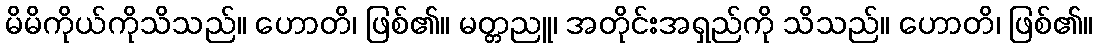
မိမိကိုယ်ကိုသိသည်။ ဟောတိ၊ ဖြစ်၏။ မတ္တညူ၊ အတိုင်းအရှည်ကို သိသည်။ ဟောတိ၊ ဖြစ်၏။